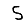
Digit: 5